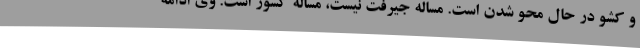
و کشو در حال محو شدن است. مساله جیرفت نیست، مساله کشور است. وی ادامه